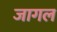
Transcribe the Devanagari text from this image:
जागल